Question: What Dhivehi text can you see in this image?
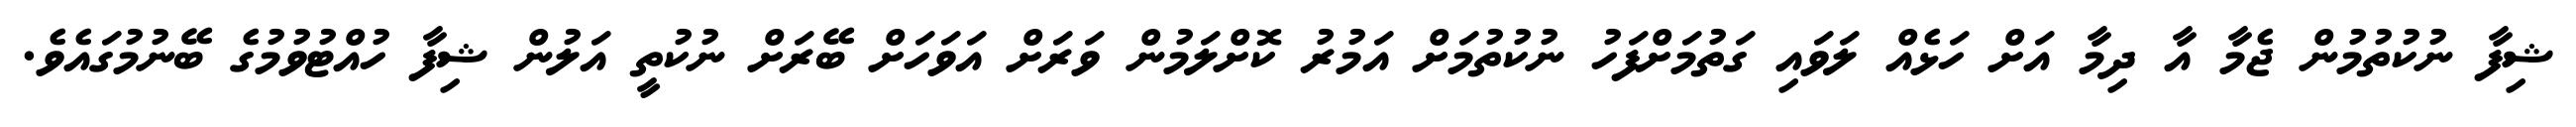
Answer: ޝިފާ ނުކުތުމުން ޖެމާ އާ ދިމާ އަށް ހަޅެއް ލަވައި ގަތުމަށްފަހު ނުކުތުމަށް އަމުރު ކޮށްލަމުން ވަރަށް އަވަހަށް ބޭރަށް ނުކުތީ އަލުން ޝިފާ ހުއްޓުވުމުގެ ބޭނުމުގައެވެ.